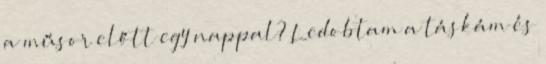
a műsor előtt egy nappal? Ledobtam a táskám és